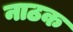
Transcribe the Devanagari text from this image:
नाठक